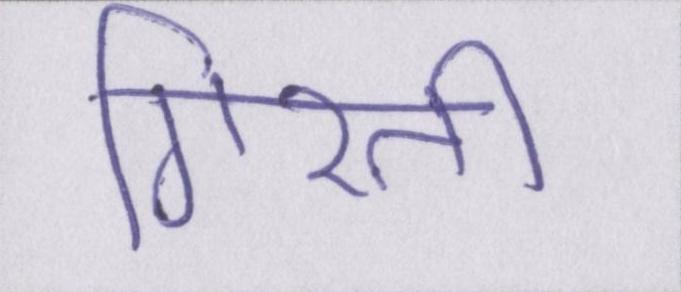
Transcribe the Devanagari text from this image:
गिरती